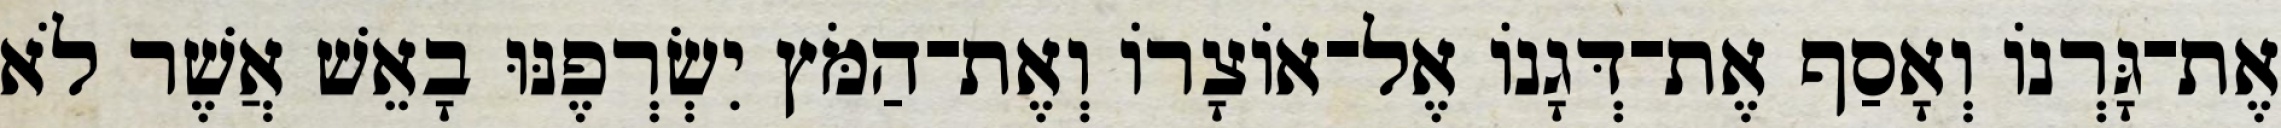
אֶת־גָּרְנוֹ וְאָסַף אֶת־דְּגָנוֹ אֶל־אוֹצָרוֹ וְאֶת־הַמֹּץ יִשְׂרְפֶנּוּ בָאֵשׁ אֲשֶׁר לֹא